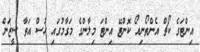
އިންޓަގެ ކޯޗް އެންތޯނިއޯ ކޮންޓޭ އިންޓަ މިލާންގެ މަގާމުގައި ހުސް އަތާ ސީޒަން